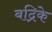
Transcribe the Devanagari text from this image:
बद्रिके